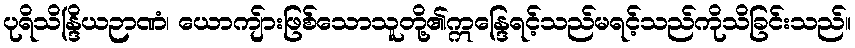
ပုရိသိန္ဒြိယဉာဏံ၊ ယောကျ်ားဖြစ်သောသူတို့၏ဣန္ဒြေရင့်သည်မရင့်သည်ကိုသိခြင်းသည်။